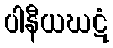
ပါနီယဃဋံ